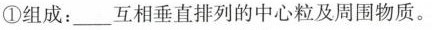
①组成：___互相垂直排列的中心粒及周围物质。